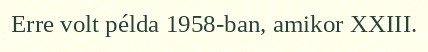
Erre volt példa 1958-ban, amikor XXIII.